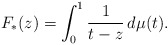
\begin{align*}F_*(z) = \int_0^1 \frac1{t-z}\,d\mu(t) .\end{align*}